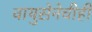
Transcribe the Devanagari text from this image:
वायुसेनेचीही